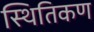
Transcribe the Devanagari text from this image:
स्थितिकण